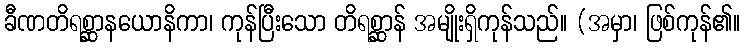
ခီဏတိရစ္ဆာနယောနိကာ၊ ကုန်ပြီးသော တိရစ္ဆာန် အမျိုးရှိကုန်သည်။ (အမှာ၊ ဖြစ်ကုန်၏။